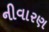
નીવારણ